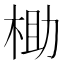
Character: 𬂶